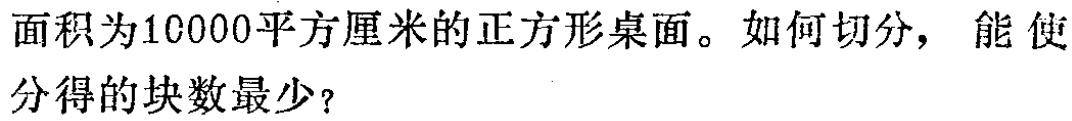
面积为10000平方厘米的正方形桌面。如何切分， 能使分得的块数最少？